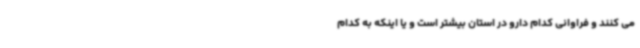
می کنند و فراوانی کدام دارو در استان بیشتر است و یا اینکه به کدام